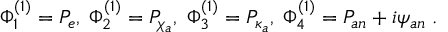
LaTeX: \Phi _ { 1 } ^ { ( 1 ) } = P _ { e } , \; \Phi _ { 2 } ^ { ( 1 ) } = P _ { \chi _ { a } } , \; \Phi _ { 3 } ^ { ( 1 ) } = P _ { \kappa _ { a } } , \; \Phi _ { 4 } ^ { ( 1 ) } = P _ { a n } + i \psi _ { a n } \; .